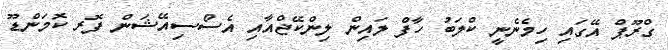
ގްރޫޕް އޭގައި ހިމެނެނީ ކްލަބު ހާފް ލައިން ލިންކޭޖްއާއި އެސޯސިއޭޝަން ފޮރ ކޮމަންޑޫ